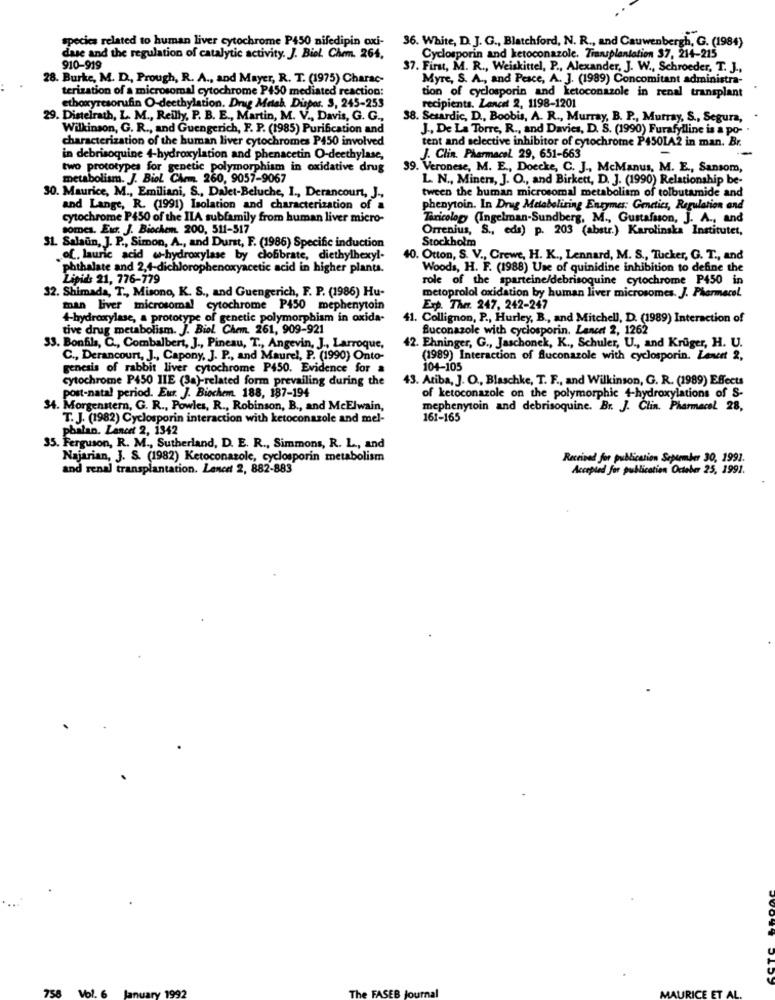
species related to human liver cytochrome P450 nifedipin oxi-
36. White, D. J. G ., Blatchford, N. R ., and Cauwenbergh, G. (1984)
Cyclosporin and ketoconazole. Transplantation 37, 214-215
dase and the regulation of catalytic activity. J. Biol. Chem. 264,
910-919
37. First, M. R ., Weiskittel, P ., Alexander, J. W ., Schroeder, T. J .,
28. Burke, M. D ., Prough, R. A ., and Mayer, R. T. (1975) Charac-
Myre, S. A ., and Pesce, A. J. (1989) Concomitant administra-
terization of a microsomal cytochrome P450 mediated reaction:
tion of cyclosporin and ketoconazole in renal transplant
ethoxyresorufin O-deethylation. Drug Metab Dispos. 3, 245-253
recipients. Lancet 2, 1198-1201
29. Distelrath, L. M ., Reilly, P. B. E ., Martin, M. V ., Davis, G. G .,
38. Setardic, D ., Boobis, A. R ., Murray, B. P ., Murray, S ., Segura,
Wilkinson, G. R ., and Guengerich, F. P. (1985) Purification and
J ., De La Torre, R ., and Davies, D. S. (1990) Furafylline is a po-
characterization of the human liver cytochromes P450 involved
tent and selective inhibitor of cytochrome P4501A2 in man. Br.
in debrisoquine 4-hydroxylation and phenacetin O-deethylase,
J. Clin. Pharmacol. 29, 651-663
two prototypes for genetic polymorphism in oxidative drug
39. Veronese, M. E ., Doecke, C. J ., McManus, M. E ., Sansom,
metabolism. J. Biol CArm. 260, 9057-9067
L. N ., Miners, J. O ., and Birkett, D. J. (1990) Relationship be-
tween the human microsomal metabolism of tolbutamide and
30. Maurice, M ., Emiliani, S ., Dalet-Beluche, I ., Derancourt, J .,
and Lange, R. (1991) Isolation and characterization of a
phenytoin. In Drug Metaboliring Enzymes: Genetics, Regulation and
cytochrome P450 of the ILA subfamily from human liver micro-
Taricolop (Ingelman-Sundberg, M ., Gustafsson, J. A ., and
somes. Eur. J. Biochem. 200, 511-517
Orrenius, S ., eds) p. 203 (abstr.) Karolinska Institutet,
Stockholm
31. Salaun, J. P ., Simon, A ., and Durst, F. (1986) Specific induction
of. lauric acid w-hydroxylase by clofibrate, diethylhexyl-
10. Otton, S. V ., Crewe, H. K ., Lennard, M. S ., Tucker, G. T ., and
phthalate and 2,4-dichlorophenoxyacetic acid in higher plants.
Woods, H. F. (1988) Use of quinidine inhibition to define the
Lipids 21, 776-779
role of the sparteine/debrisoquine cytochrome P450 in
32. Shimada, T ., Misono, K. S ., and Guengerich, F. P. (1986) Hu-
metoprolol oxidation by human liver microsomes. J. Pharmacol
man liver microsomal cytochrome P450 mephenytoin
Exp. Ther. 247, 242-247
4-hydroxylase, a prototype of genetic polymorphism in oxida-
41. Collignon, P ., Hurley, B ., and Mitchell, D. (1989) Interaction of
tive drug metabolism. J. Biol. Chem. 261, 909-921
Buconazole with cyclosporin. Lancet 2, 1262
33. Bonfils, C ., Combalbert, J ., Pineau, T ., Angevin, J ., Larroque,
42. Ehninger, G ., Jaschonek, K ., Schuler, U ., and Kruger, H. U.
C ., Derancourt, J ., Capony, J. P ., and Maurel, P. (1990) Onto-
(1989) Interaction of fluconazole with cyclosporin. Lancet 2,
genesis of rabbit liver cytochrome P450. Evidence for a
104-105
cytochrome P450 JIE (3a)-related form prevailing during the
43. Atiba, J. O ., Blaschke, T. F ., and Wilkinson, G. R. (1989) Effects
post-natal period. Eur. J. Biochem. 188, 187-194
of ketoconazole on the polymorphic 4-hydroxylations of S-
34. Morgenstern, G. R ., Powles, R ., Robinson, B ., and McElwain,
mephenytoin and debrisoquine. Br. J. Clin. Pharmacel 28,
T. J. (1982) Cyclosporin interaction with ketoconazole and mel-
161-165
phalan. Lancet 2, 1342
35. Ferguson, R. M ., Sutherland, D. E. R ., Simmons, R. L ., and
Najarian, J. S. (1982) Ketoconazole, cyclosporin metabolism
Received for publication September 30, 1991.
and renal transplantation. Lancet 2, 882-883
Accepted for publication October 25, 1991.
758
Vol. 6
Januar
1992
The FASEB Journal